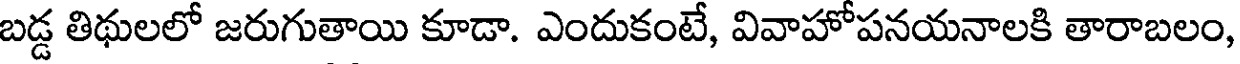
బడ్డ తిథులలో జరుగుతాయి కూడా. ఎందుకంటే, వివాహోపనయనాలకి తారాబలం,